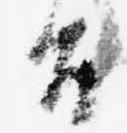
旨